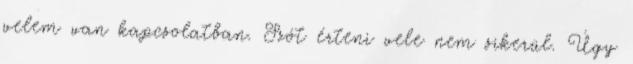
velem van kapcsolatban. Szót érteni vele nem sikerül. Úgy